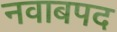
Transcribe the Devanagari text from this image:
नवाबपद